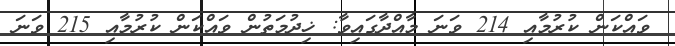
ވައްކަން ކުރުމާއި 214 ވަނަ މާއްދާގައިވާ: ޚިދުމަތުން ވައްކަން ކުރުމާއި 215 ވަނަ